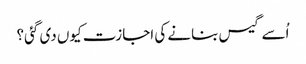
اُسے گیس بنانے کی اجازت کیوں دی گئی؟